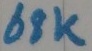
Text: 68K